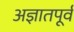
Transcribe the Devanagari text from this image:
अज्ञातपूर्व